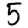
Digit: 5